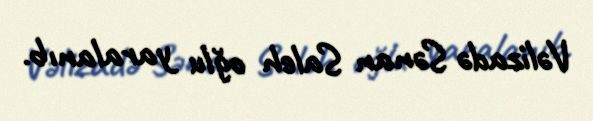
Vəlizadə Sənan Saleh oğlu yaralanıb.